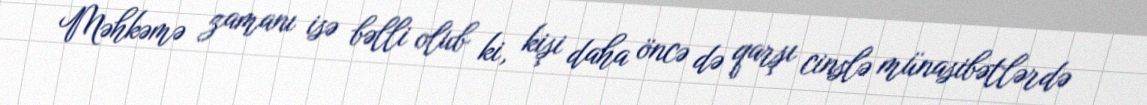
Məhkəmə zamanı isə bəlli olub ki, kişi daha öncə də qarşı cinslə münasibətlərdə